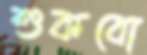
শুকবো